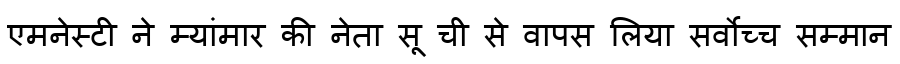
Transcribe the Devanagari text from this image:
एमनेस्टी ने म्यांमार की नेता सू ची से वापस लिया सर्वोच्च सम्मान